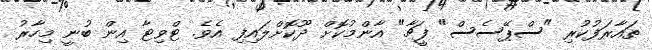
ތައާރަފުކުރި "ސްޕޭސެސް" ފީޗާ" އާންމުކޮށް ދޫކޮށްލައިފި އެވެ. ޓްވިޓާ އިން ބުނީ މިހާރު